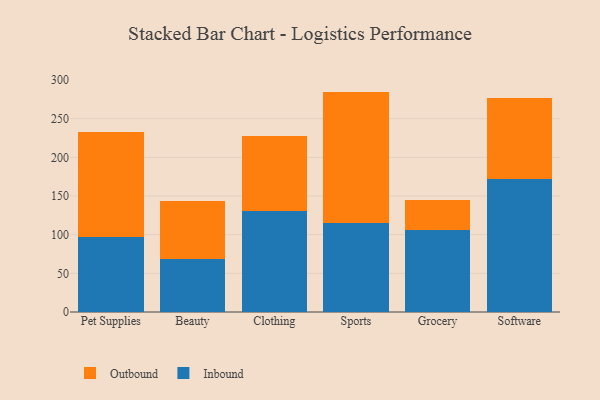
{"axis": {"x": "Category", "y": "Inventory Turnover"}, "legend": ["Inbound", "Outbound"], "data": [{"x": "Pet Supplies", "y": 96.4, "type": "Inbound"}, {"x": "Pet Supplies", "y": 136.2, "type": "Outbound"}, {"x": "Beauty", "y": 68.8, "type": "Inbound"}, {"x": "Beauty", "y": 74.1, "type": "Outbound"}, {"x": "Clothing", "y": 131.0, "type": "Inbound"}, {"x": "Clothing", "y": 96.6, "type": "Outbound"}, {"x": "Sports", "y": 115.4, "type": "Inbound"}, {"x": "Sports", "y": 169.6, "type": "Outbound"}, {"x": "Grocery", "y": 105.5, "type": "Inbound"}, {"x": "Grocery", "y": 39.4, "type": "Outbound"}, {"x": "Software", "y": 172.5, "type": "Inbound"}, {"x": "Software", "y": 104.1, "type": "Outbound"}]}